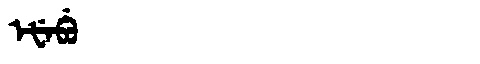
Manchu: ᡝᡶᡝᠪᡠ
Romanization: EFEBU